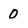
Character: 0